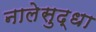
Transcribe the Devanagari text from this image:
नालेसुद्धा